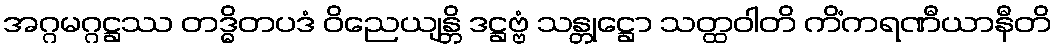
အဂ္ဂမဂ္ဂဋ္ဌဿ တဒ္ဓိတပဒံ ဝိညေယျန္တိ ဒဋ္ဌဗ္ဗံ သန္တုဋ္ဌော သတ္ထဝါတိ ကိံကရဏီယာနီတိ